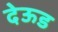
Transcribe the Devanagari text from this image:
देऊड